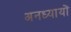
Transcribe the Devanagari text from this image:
अनध्यायों